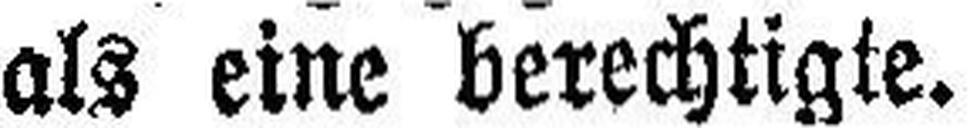
als eine berechtigte.